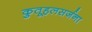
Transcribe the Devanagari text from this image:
कुतूहलसर्जना